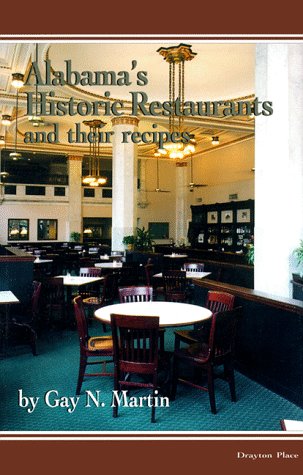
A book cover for Alabama's Historic Restaurants and Their Recipes (Historic Restaurants Series); Gay N. Martin; Travel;